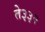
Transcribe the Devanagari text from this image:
ते३३२